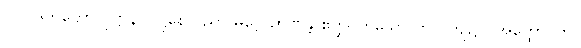
၁၁။ ဒုဘတော ဝုဋ္ဌာနဝိဝဋ္ဋနေ ပညာ မဂ္ဂေ ဉာဏန္တိ ဧတ္ထ၊ ဟူသော ဤဝါကျ၌။ (အတ္ထော၊ ကို။